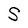
Character: S